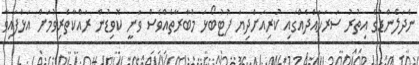
ނެދަލެންޑުގެ އިތުރު ސަރަހައްދެއްގައި ކުރިއަށްދިޔަ ފުޓުބޯޅަ މުބާރާތެއްވެސް ވަނީ ކޮވިޑުން ރައްކާތެރިވުމަށް އަޅާފައިވާ